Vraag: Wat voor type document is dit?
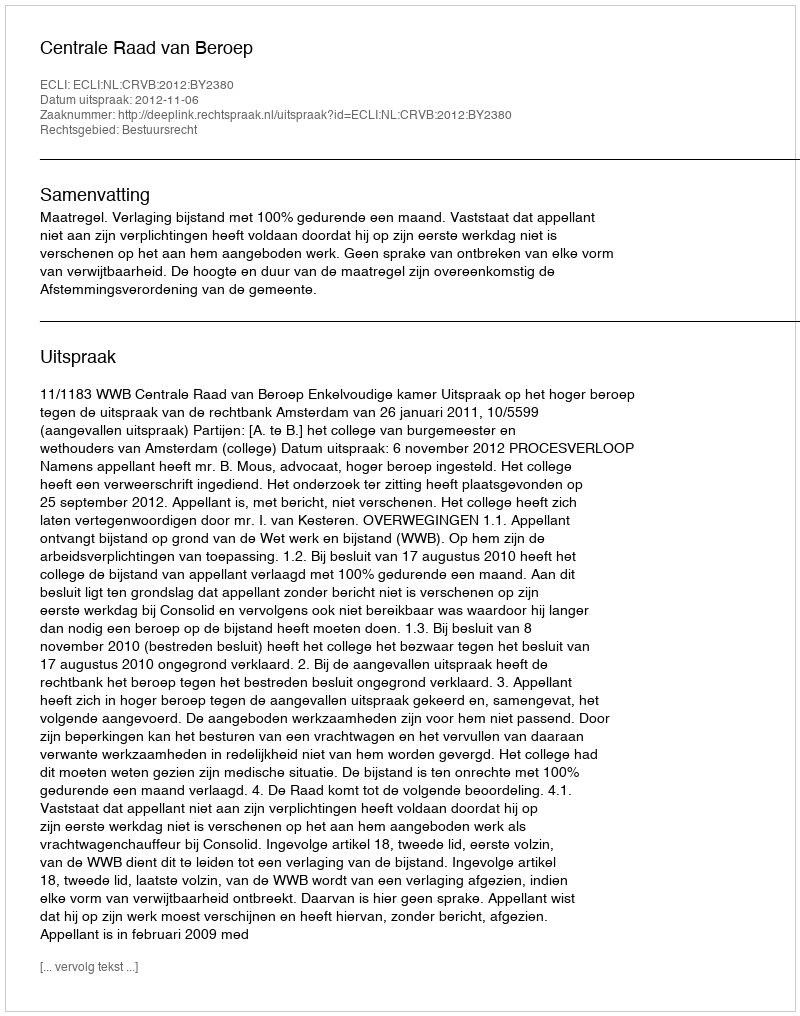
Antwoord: Uitspraak